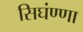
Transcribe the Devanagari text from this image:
सिघंण्णा